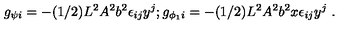
g _ { \psi i } = - ( 1 / 2 ) L ^ { 2 } A ^ { 2 } b ^ { 2 } \epsilon _ { i j } y ^ { j } ; g _ { \phi _ { 1 } i } = - ( 1 / 2 ) L ^ { 2 } A ^ { 2 } b ^ { 2 } x \epsilon _ { i j } y ^ { j } \ .